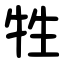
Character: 牲